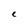
Character: e